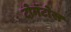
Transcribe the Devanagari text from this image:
टोमॅटोस